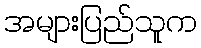
အများပြည်သူက